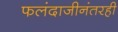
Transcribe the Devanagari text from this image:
फलंदाजीनंतरही